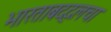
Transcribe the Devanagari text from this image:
भारताबद्दलचा